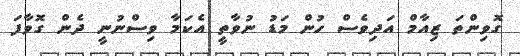
ގޮވިންތަ ޒިއާމް އަދިވެސް ހުން މަޑު ނުވާތީ އެކަމާ ވިސްނުނީ ދެން ގޮވާފަ